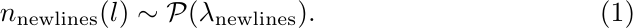
\begin{equation}
    n_{\text{newlines}}(l) \sim \mathcal{P}(\lambda_{\text{newlines}}).
\end{equation}